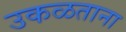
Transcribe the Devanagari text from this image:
उकळताना